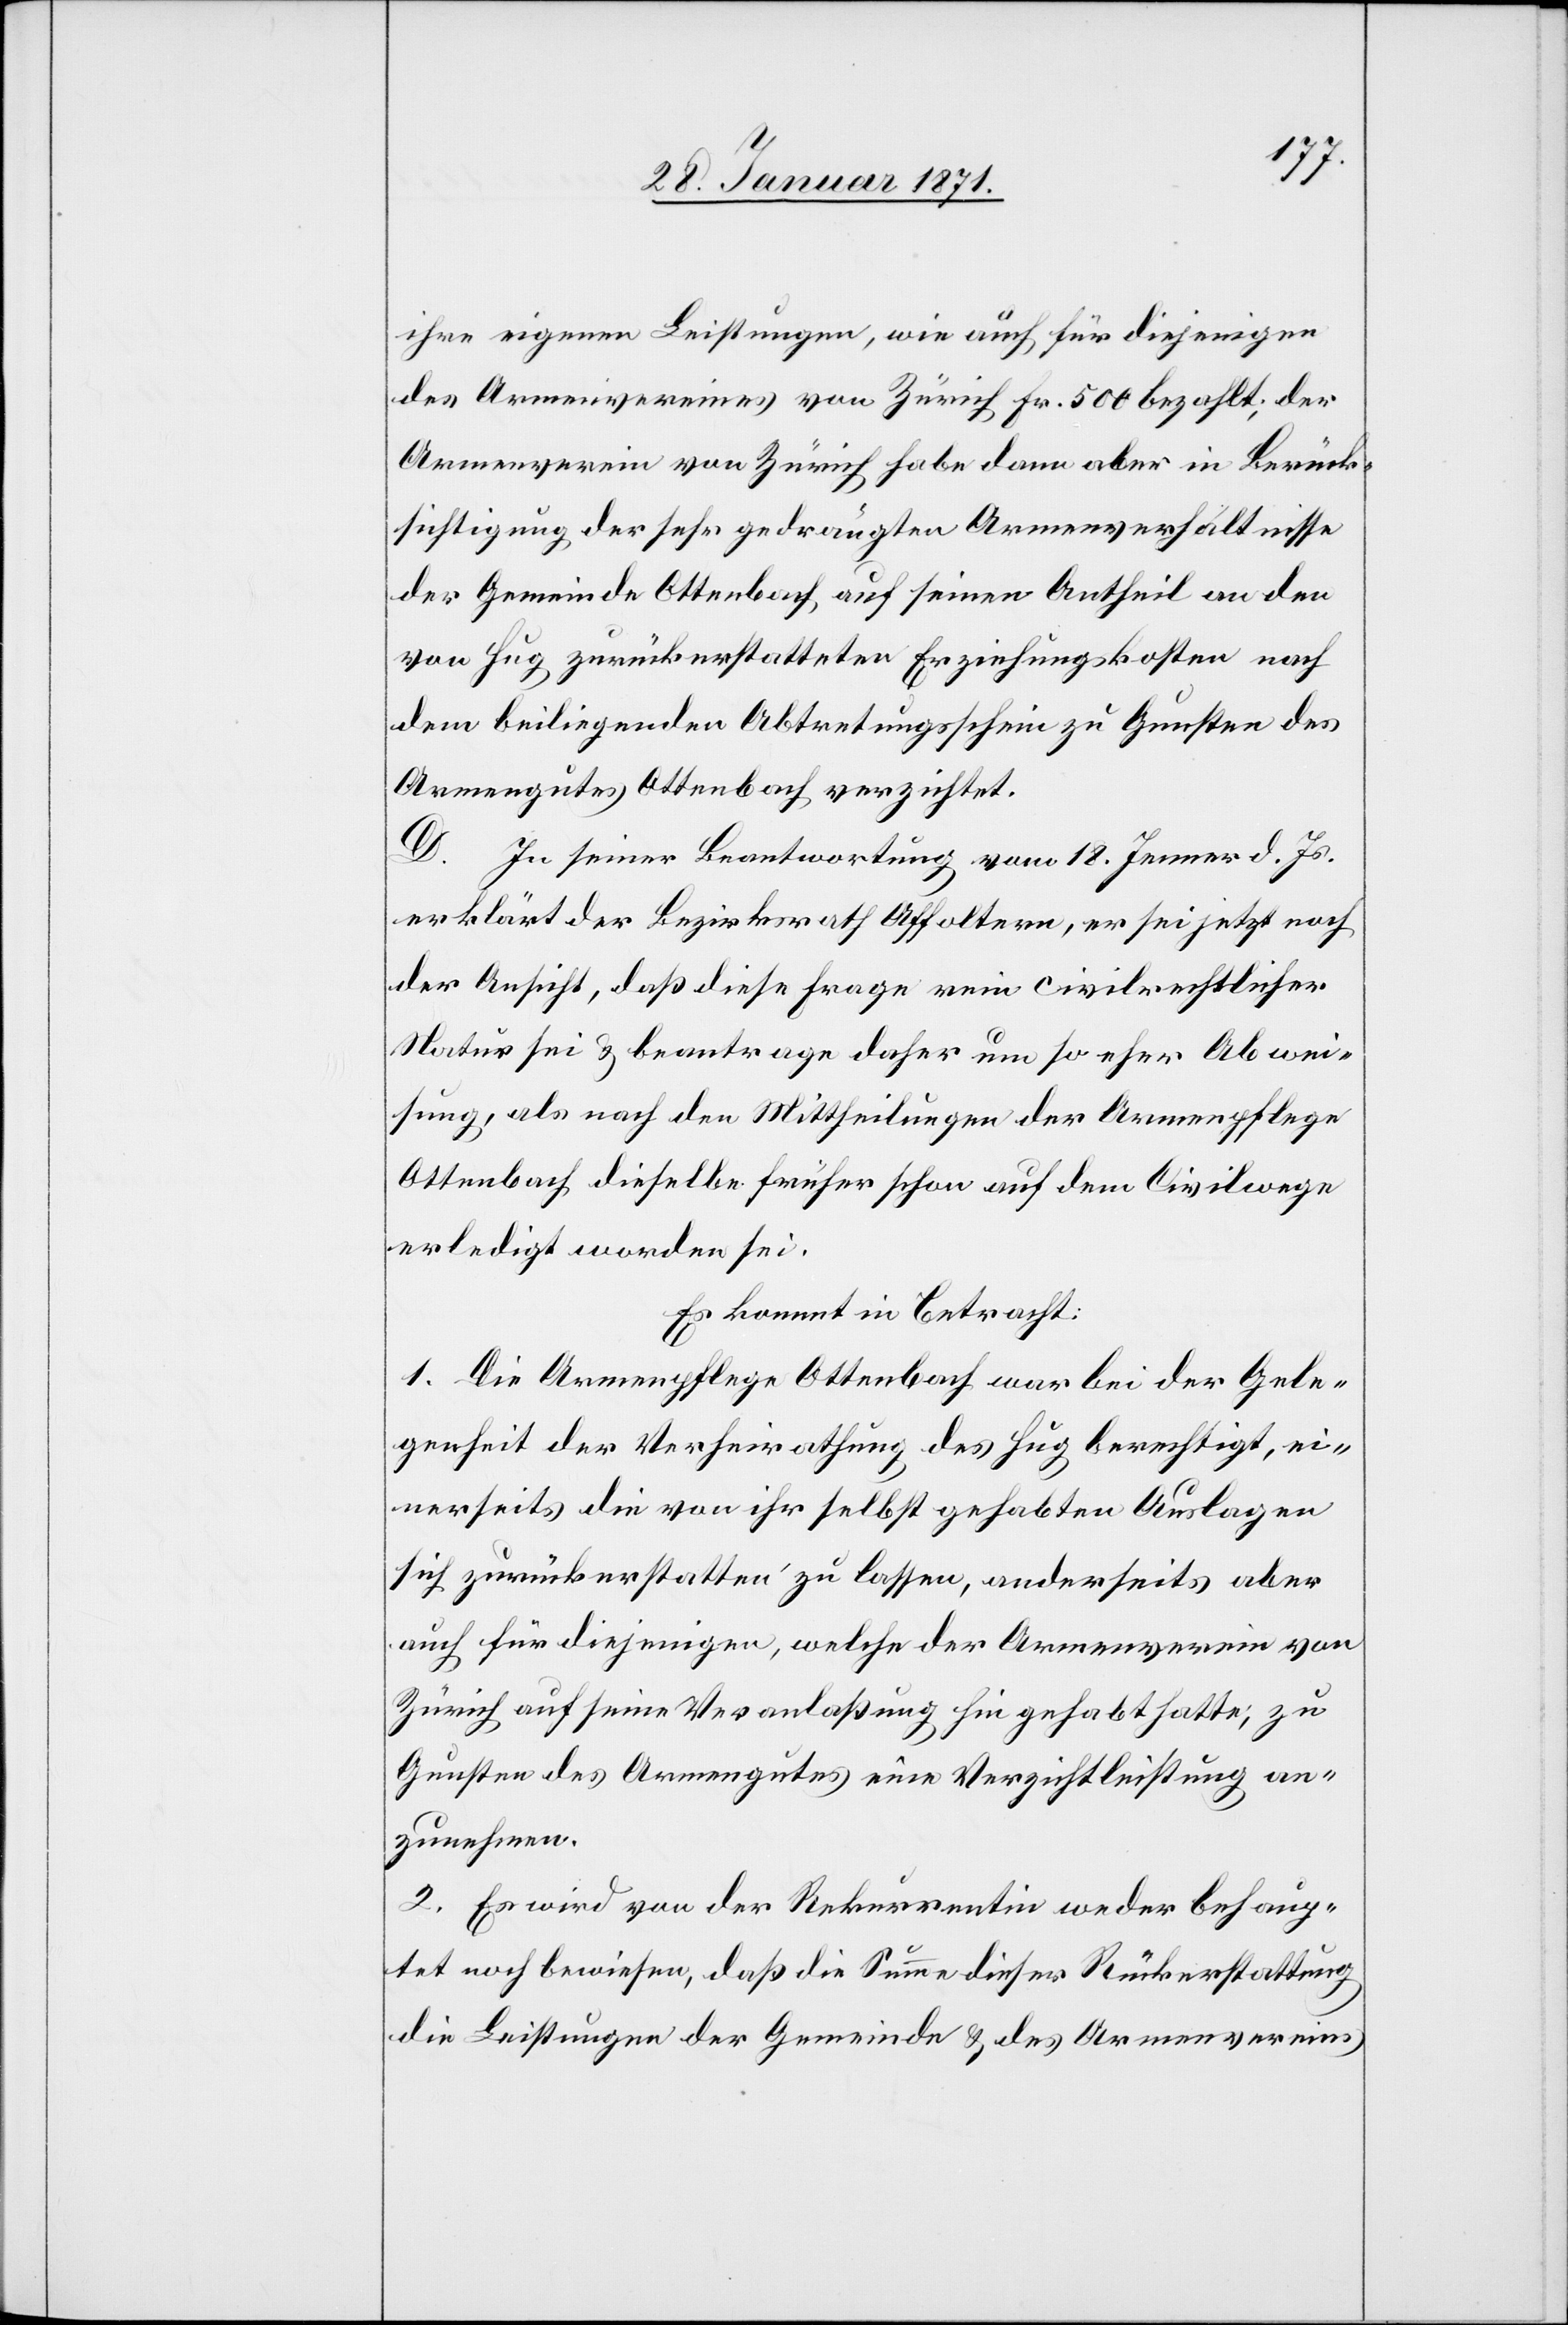
ihre eigenen Leistungen, wie auch für diejenigen
des Armenvereines von Zürich Fr. 500 bezahlt; der
Armenverein von Zürich habe dann aber in Berück¬
sichtigung der sehr gedrängten Armenverhältnisse
der Gemeinde Ottenbach auf seinen Antheil an den
von Hug zurückerstatteten Erziehungskosten nach
dem beiliegenden Abtretungsschein zu Gunsten des
Armengutes Ottenbach verzichtet.
D. In seiner Beantwortung vom 18. Jenner d. Js.
erklärt der Bezirksrath Affoltern, er sei jetzt noch
der Ansicht, daß diese Frage rein civilrechtlicher
Natur sei u. beantrage daher um so eher Abwei¬
sung, als nach den Mittheilungen der Armenpflege
Ottenbach dieselbe früher schon auf dem Civilwege
erledigt worden sei.
Es kommt in Betracht:
1. Die Armenpflege Ottenbach war bei der Gele¬
genheit der Verheiratung des Hug berechtigt, ei¬
nerseits die von ihr selbst gehabten Auslagen
sich zurückerstatten zu lassen, anderseits aber
auch für diejenigen, welche der Armenverein von
Zürich auf seine Veranlaßung hin gehabt hatte; zu
Gunsten des Armengutes eine Verzichtleistung an¬
zunehmen.
2. Es wird von der Rekurrentin weder behaup¬
tet noch bewiesen, daß die Summe dieser Rückerstattung
die Leistungen der Gemeinde u. des Armenvereins